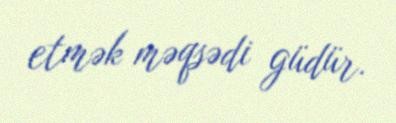
etmək məqsədi güdür.